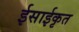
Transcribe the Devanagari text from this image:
ईसाईकृत